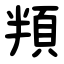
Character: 頖